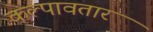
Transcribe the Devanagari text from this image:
कल्पावतार